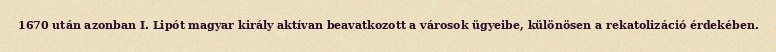
1670 után azonban I. Lipót magyar király aktívan beavatkozott a városok ügyeibe, különösen a rekatolizáció érdekében.